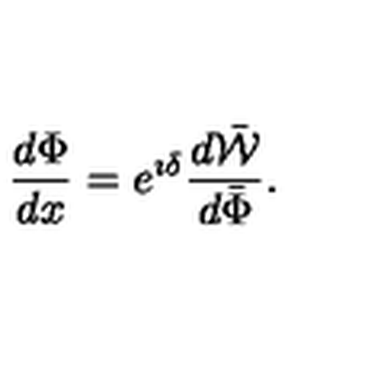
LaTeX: \frac { d \Phi } { d x } = e ^ { \imath \delta } \frac { d \bar { \cal W } } { d \bar { \Phi } } .